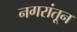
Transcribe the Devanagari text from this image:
नगरांतून